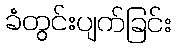
ခံတွင်းပျက်ခြင်း